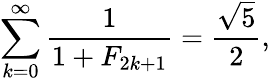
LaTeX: \sum_{k=0}^{\infty}{\frac{1}{1+F_{2k+1}}}={\frac{\sqrt{5}}{2}},